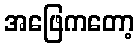
အဖြေကတော့